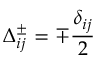
\Delta _ { i j } ^ { \pm } = \mp \frac { \delta _ { i j } } { 2 }